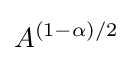
A^{(1-\alpha )/2}